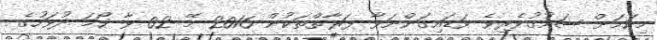
މިކަމަށް ޝައުޤުވެރިވެ ވަޑައިގަންނަވާ ފަރާތްތަކުން 2016 މޭ 02 ވާ ހޯމަ ދުވަހުގެ